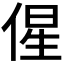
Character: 𬾰